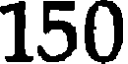
150